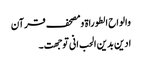
والواح الطوراۃ ومصحف قرآن
ادین بدین الحب انی توجھت ۔